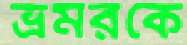
ভ্রমরকে